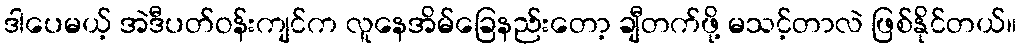
ဒါပေမယ့် အဲဒီပတ်ဝန်းကျင်က လူနေအိမ်ခြေနည်းတော့ ချီတက်ဖို့ မသင့်တာလဲ ဖြစ်နိုင်တယ်။